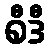
စီဒီ